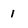
Character: 1